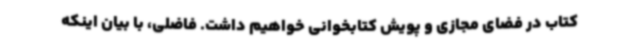
کتاب در فضای مجازی و پویش کتابخوانی خواهیم داشت. فاضلی، با بیان اینکه